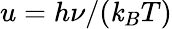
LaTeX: u=h\nu/(\mathit{k}_{B}T)